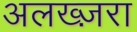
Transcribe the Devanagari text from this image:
अलख्ज़रा